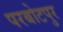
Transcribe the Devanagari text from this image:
परबोटपुर